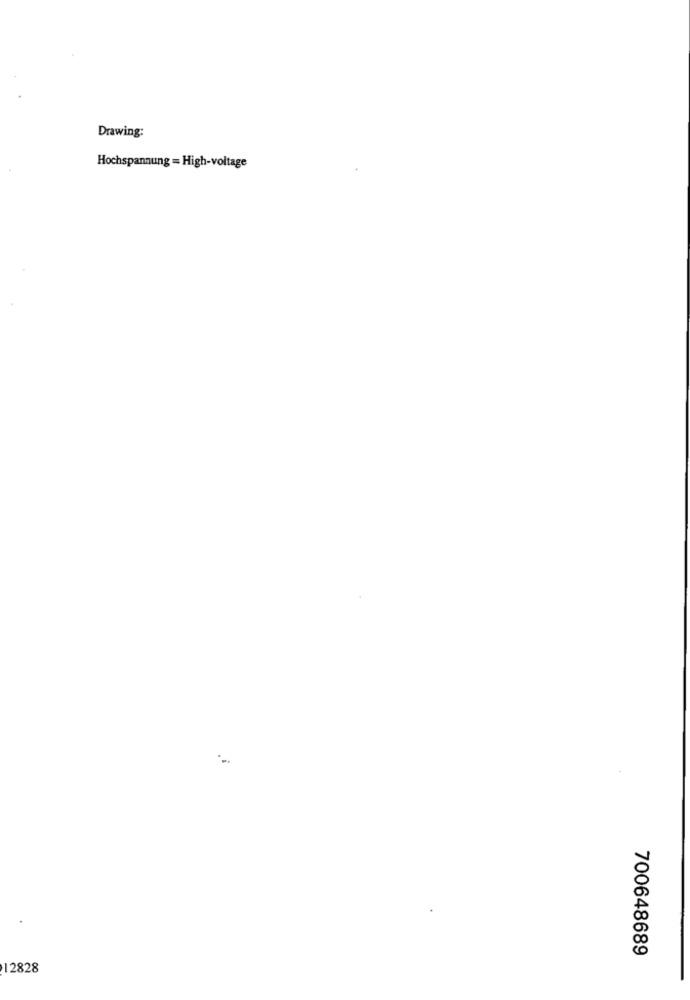
Drawing:
Hochspannung = High-voltage
700648689
12828